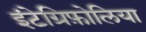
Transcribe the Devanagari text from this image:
इंटेग्रिफ़ोलिया